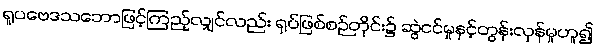
ရူပဗေဒသဘောဖြင့်ကြည့်လျှင်လည်း ရုပ်ဖြစ်စဉ်တိုင်း၌ ဆွဲငင်မှုနှင့်တွန်းလှန်မှုဟူ၍